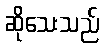
ဆိုသေးသည်